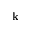
\mathbf { k }